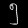
Digit: ၅